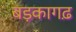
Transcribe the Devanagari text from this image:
बड़कागढ़